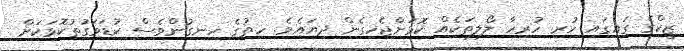
ޒީކްގެ ގައިގައި ހުރި ހުރިހާ ލޯލިތަކެއް ކޮޅަށްޖެހިގެން ދިޔައެވެ. ހިތުގެ ހިނގުންވެސް ކުޑަވަގުތުކޮޅަކަށް